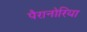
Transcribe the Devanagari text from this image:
पैरानोरिया